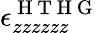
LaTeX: \epsilon_{zzzzzz}^{\mathrm{~H~T~H~G~}}